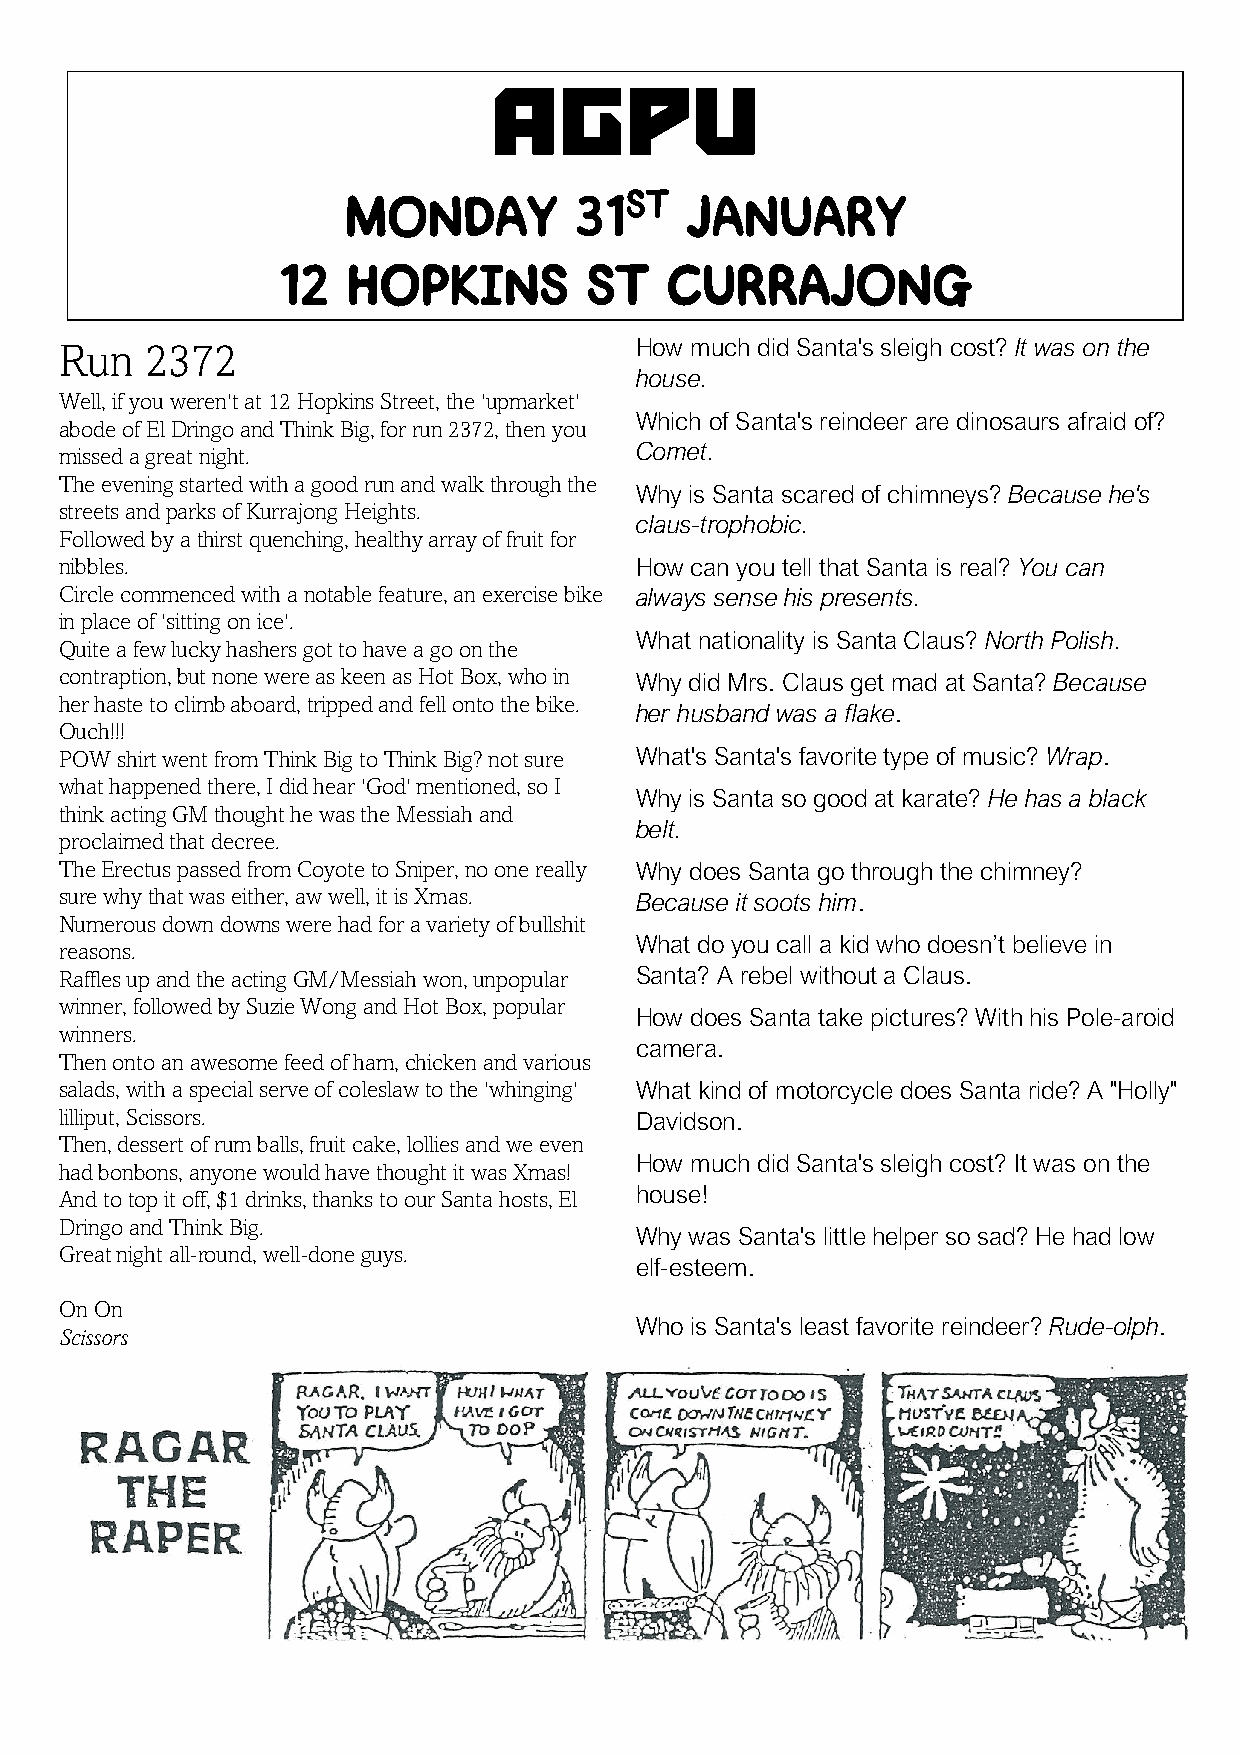
AGPU
 Monday         31st   January
 12   HOPKINS         ST   CURRAJONG
 Run   2372                            How much did Santa's sleigh cost? It was on the
 house.
 Well, if you weren't at 12 Hopkins Street, the 'upmarket'
 Which of Santa's reindeer are dinosaurs afraid of?
 abode of El Dringo and Think Big, for run 2372, then you
 Comet.
 missed a great night.
 The evening started with a good run and walk through the
 Why is Santa scared of chimneys? Because he's
 streets and parks of Kurrajong Heights.
 claus-trophobic.
 Followed by a thirst quenching, healthy array of fruit for
 nibbles.                              How can you tell that Santa is real? You can
 Circle commenced with a notable feature, an exercise bike always sense his presents.
 in place of 'sitting on ice'.
 What nationality is Santa Claus? North Polish.
 Quite a few lucky hashers got to have a go on the
 contraption, but none were as keen as Hot Box, who in Why did Mrs. Claus get mad at Santa? Because
 her haste to climb aboard, tripped and fell onto the bike.
 her husband was a flake.
 Ouch!!!
 POW shirt went from Think Big to Think Big? not sure What's Santa's favorite type of music? Wrap.
 what happened there, I did hear 'God' mentioned, so I
 Why is Santa so good at karate? He has a black
 think acting GM thought he was the Messiah and
 belt.
 proclaimed that decree.
 The Erectus passed from Coyote to Sniper, no one really Why does Santa go through the chimney?
 sure why that was either, aw well, it is Xmas. Because it soots him.
 Numerous down downs were had for a variety of bullshit
 What do you call a kid who doesn’t believe in
 reasons.
 Raffles up and the acting GM/Messiah won, unpopular Santa? A rebel without a Claus.
 winner, followed by Suzie Wong and Hot Box, popular
 How does Santa take pictures? With his Pole-aroid
 winners.
 camera.
 Then onto an awesome feed of ham, chicken and various
 salads, with a special serve of coleslaw to the 'whinging' What kind of motorcycle does Santa ride? A "Holly"
 lilliput, Scissors.                   Davidson.
 Then, dessert of rum balls, fruit cake, lollies and we even
 How much did Santa's sleigh cost? It was on the
 had bonbons, anyone would have thought it was Xmas!
 house!
 And to top it off, $1 drinks, thanks to our Santa hosts, El
 Dringo and Think Big.
 Why was Santa's little helper so sad? He had low
 Great night all-round, well-done guys.
 elf-esteem.
 On On
 Who is Santa's least favorite reindeer? Rude-olph.
 Scissors